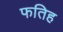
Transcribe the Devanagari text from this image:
फतिह